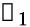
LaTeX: \boldsymbol{\mathscr{f}}_{1}